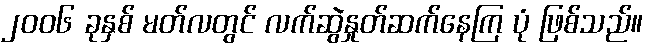
၂၀၀၆ ခုနှစ် မတ်လတွင် လက်ဆွဲနှုတ်ဆက်နေကြ ပုံ ဖြစ်သည်။